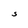
Character: S